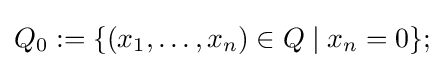
Q_{0}:=\{(x_{1},\ldots ,x_{n})\in Q\mid x_{n}=0\};